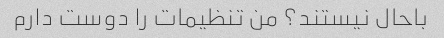
باحال نیستند؟ من تنظیمات را دوست دارم